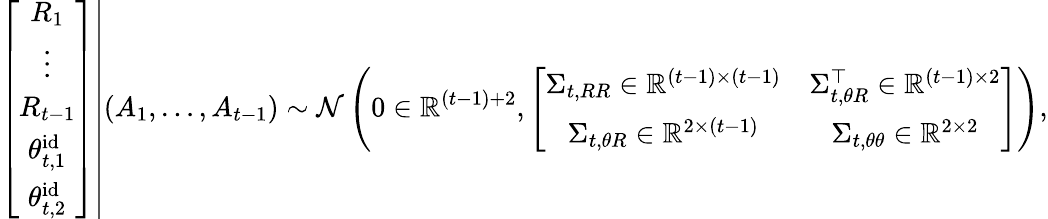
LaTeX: \left.\left[\begin{array}{c}{R_{1}}\\ {\vdots}\\ {R_{t-1}}\\ {\theta_{t,1}^{\mathrm{id}}}\\ {\theta_{t,2}^{\mathrm{id}}}\end{array}\right]\right|(A_{1},\ldots,A_{t-1})\sim\mathcal{N}\left(0\in\mathbb{R}^{(t-1)+2},\left[\begin{array}{cc}{\Sigma_{t,RR}\in\mathbb{R}^{(t-1)\times(t-1)}}&{\Sigma_{t,\theta R}^{\top}\in\mathbb{R}^{(t-1)\times 2}}\\ {\Sigma_{t,\theta R}\in\mathbb{R}^{2\times(t-1)}}&{\Sigma_{t,\theta\theta}\in\mathbb{R}^{2\times 2}}\end{array}\right]\right),